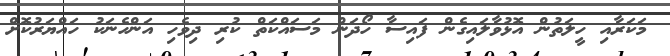
މަކަރާއި ހީލަތުން އޮޅުވާލައިގެން ފައިސާ ހޯދަން މަސައްކަތް ކުރި ދިވެހި އަންހެނަކު ހައްޔަރުކޮށް